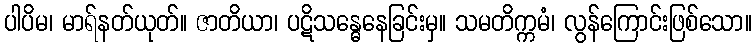
ပါပိမ၊ မာရ်နတ်ယုတ်။ ဇာတိယာ၊ ပဋိသန္ဓေနေခြင်းမှ။ သမတိက္ကမံ၊ လွန်ကြောင်းဖြစ်သော။